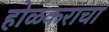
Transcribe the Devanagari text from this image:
होळकराचा